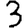
Digit: 3